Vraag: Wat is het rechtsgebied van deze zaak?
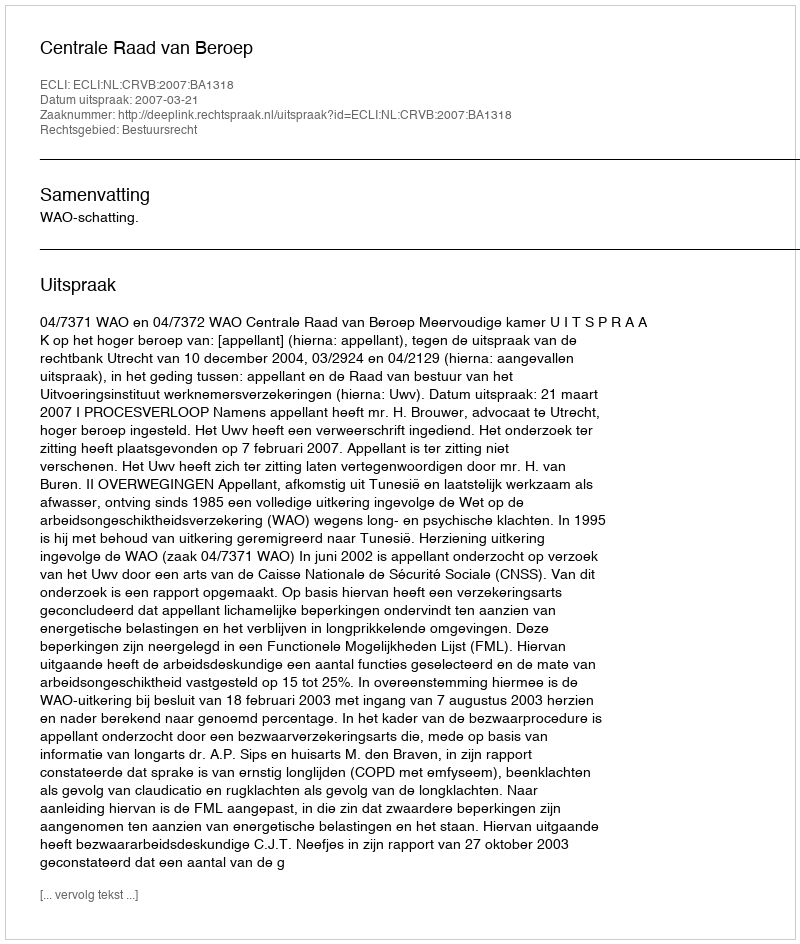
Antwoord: Bestuursrecht